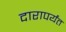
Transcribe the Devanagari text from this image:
दारापर्यंत